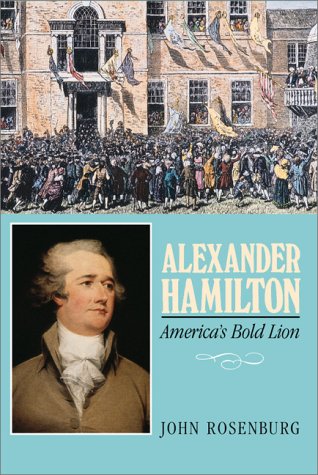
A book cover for Alexander Hamilton; John Roseburg; Teen & Young Adult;